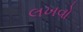
લખવો